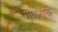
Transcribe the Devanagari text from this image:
गणनाके